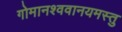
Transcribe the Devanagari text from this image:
गोमानश्ववानयमस्तु